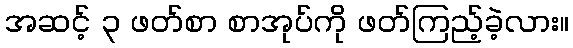
အဆင့် ၃ ဖတ်စာ စာအုပ်ကို ဖတ်ကြည့်ခဲ့လား။